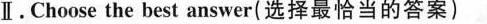
\Pi.Choose the best answer(选择最恰当的答案)